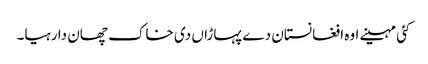
کئی مہینے اوہ افغانستان دے پہاڑاں دی خاک چھان دا رہیا۔